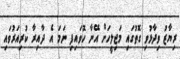
ރިޔާޒު ވިދާޅުވި ގޮތުގައި މަޖިލީހަށް އޭނާ ހޮވައިފި ނަމަ އެ ދާއިރާ ކުރިއަރުވައި